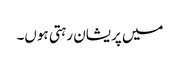
میں پریشان رہتی ہوں۔